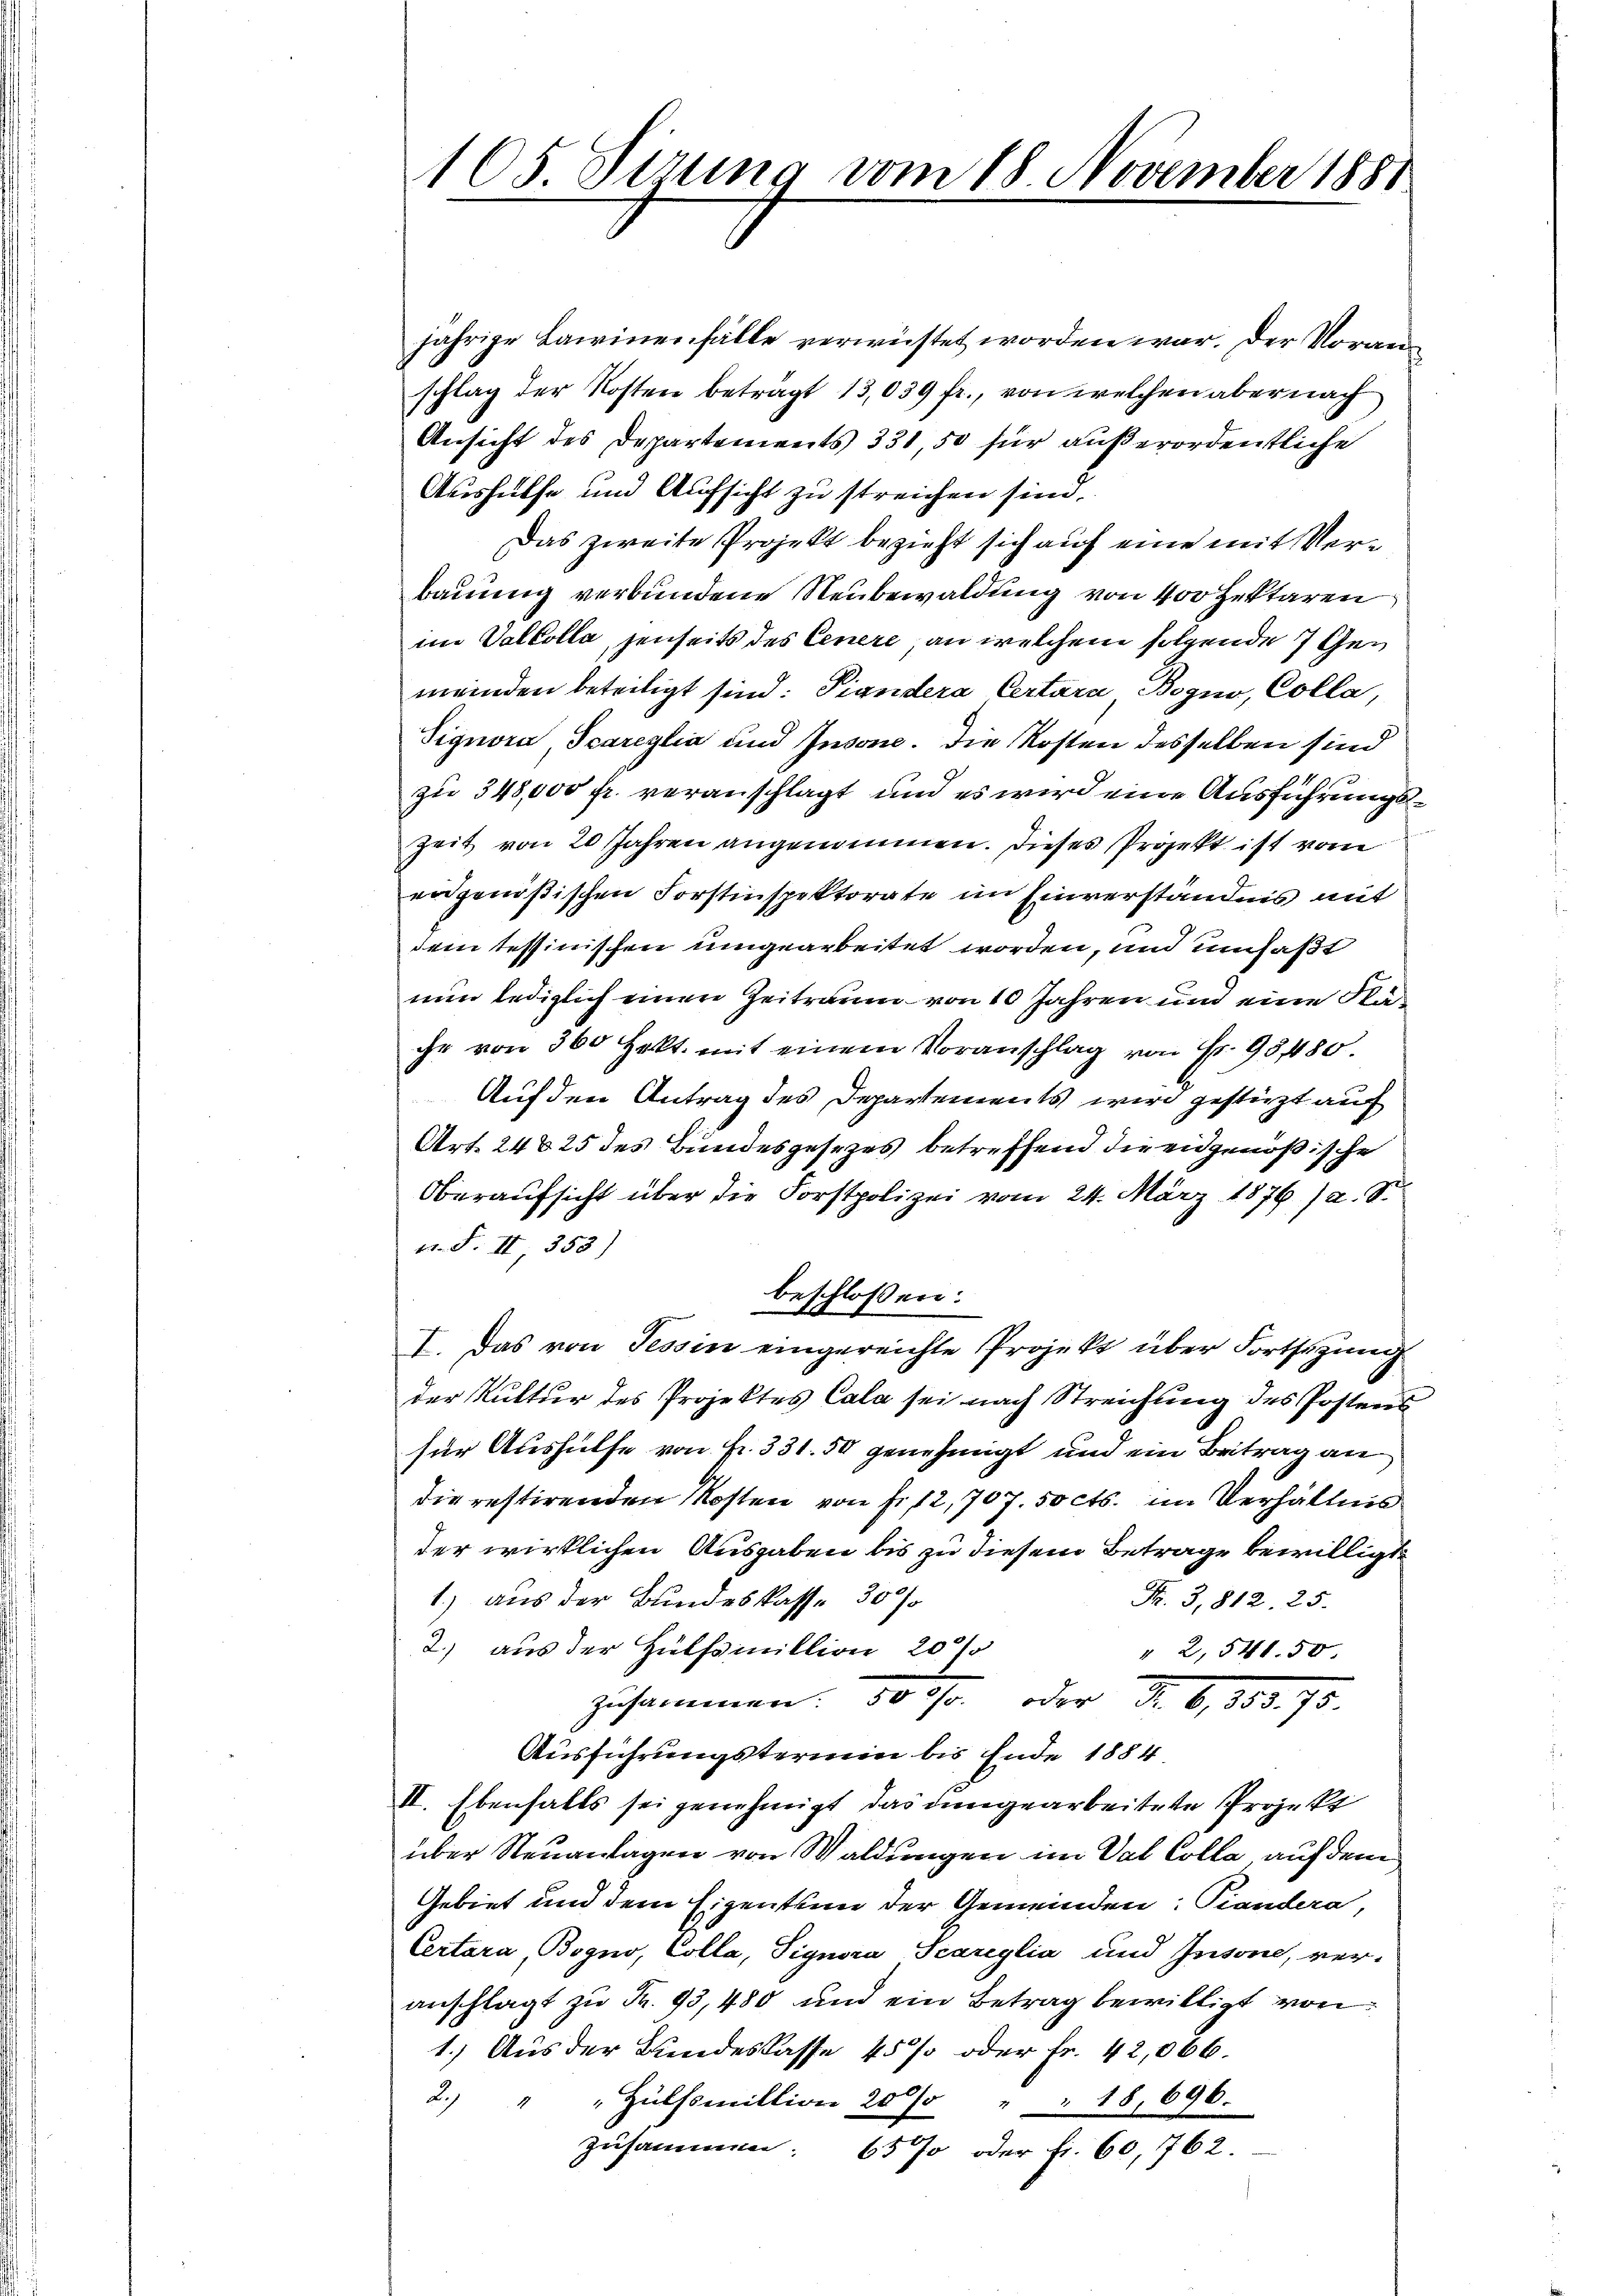
165 Sirung vom 18 November 1881

jährige Lawinenfälle verwüstet worden war. Der Voranschlag der Kosten beträgt 13,039 fr., von welchen aber nach
Ansicht des Departements 331, 50 für außerordentliche
Aushülfe und Aufsicht zu streichen sind.
Das zweite Projekt bezieht sich auf eine mit Verbauung verbundene Neubewaldung von 400 fektaren
im Volkolla, jenseits des Cenere, an welchem folgende 7 Gemeinden beteiligt sind: Piandera Certara Bogno, Colla,
Signora, Scareglia und Insone. Die Kosten desselben sind
zu 348,000 fr. veranschlagt und es wird eine Ausführungs¬
Zeit von 20 Jahren angenommen. Dieses Projekt ist vom
eidgenößischen Forstinspektorate im Einverständnis mit
dei tessinischen umgearbeitet worden, un umfaßt
nun lediglich einen Zeitraum von 10 Jahren und eine Kläihr von 360 Hekt. mit einem Voranschlag von Fr. 95480
Auf den Antrag des Departements wird gestüzt auf
Art. 24825 des Bundesgesezes betreffend die eidgenößische
Oberaufsicht über die Forstpolizei vom 24. März 1876 /2. S.
12. F. II 353)
beschlossen:
I. Das von Tessin eingereichte Projekt über Fortsetzung
der Kultur des Projektes Cala sei nach Streichung des Postens
für Aushülfe von Fr. 331. 50 genehmigt und ein Beitrag an
die restirenden Kosten von Fr. 12,707. 50 cts. im Verhältnis
der wirklichen Ausgaben bis zu diesem Betrage bewilligt.
1.) aus der Bundeskasse 30%
Fr. 3,812. 25.
2.) aus der Hülfsmillion 20%
" 2,541. 50
zusammen. 500fr. oder d. 6.
Ausführungstermin bis Ende 1884
II. Ebenfalls sei genehmigt, das dingearbeitete Projekt
über Neuanlagen von Waldungen im Val Colla, auf dem
Gebiet und dem Eigentum der Gemeinden: Piandera,
Certara, Bogno, Colla, Pignora Scariglia und Insone, veranschlagt zu Fr. 93, 480 und ein Betrag bewilligt von
1.) Aus der Bundeskasse 45 % oder Fr. 42,066.
2. " " Hülfsmillion 20 % " " 18, 696.
zusammen. 65 % oder fr. 60, 762.